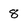
Character: 8